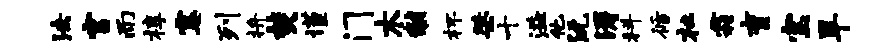
法宫而椁霎列拚焚谨门木黼杯桀十溢他沅涛科循杜霜育宝旱